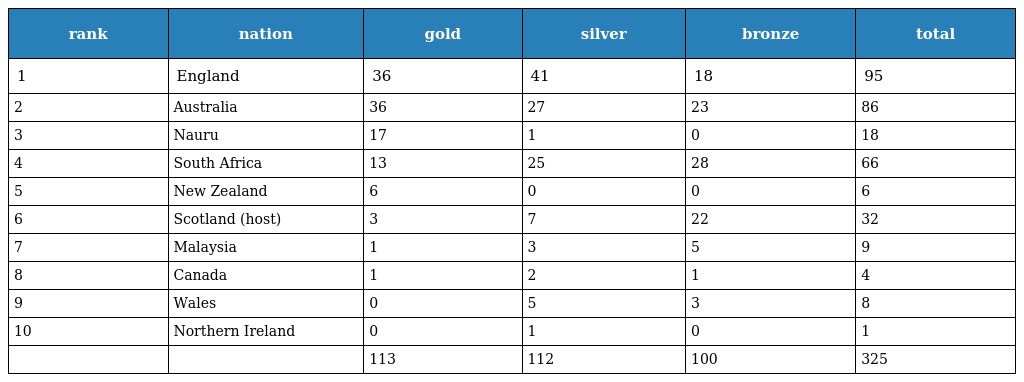
| rank | nation | gold | silver | bronze | total |
 | --- | --- | --- | --- | --- | --- |
 | 1 | England | 36 | 41 | 18 | 95 |
 | 2 | Australia | 36 | 27 | 23 | 86 |
 | 3 | Nauru | 17 | 1 | 0 | 18 |
 | 4 | South Africa | 13 | 25 | 28 | 66 |
 | 5 | New Zealand | 6 | 0 | 0 | 6 |
 | 6 | Scotland (host) | 3 | 7 | 22 | 32 |
 | 7 | Malaysia | 1 | 3 | 5 | 9 |
 | 8 | Canada | 1 | 2 | 1 | 4 |
 | 9 | Wales | 0 | 5 | 3 | 8 |
 | 10 | Northern Ireland | 0 | 1 | 0 | 1 |
 |  |  | 113 | 112 | 100 | 325 |